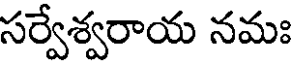
సర్వేశ్వరాయ నమః